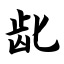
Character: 龀